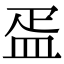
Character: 㿿